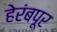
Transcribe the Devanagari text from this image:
हेरंबपूर